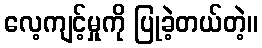
လေ့ကျင့်မှုကို ပြုခဲ့တယ်တဲ့။